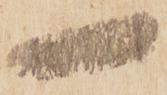
一